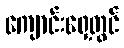
ကျောင်းရှေ့တွင်